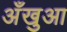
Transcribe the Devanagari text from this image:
अँखुआ